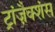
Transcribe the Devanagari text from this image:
ट्रांज़ैक्शंस